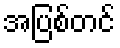
အပြစ်တင်